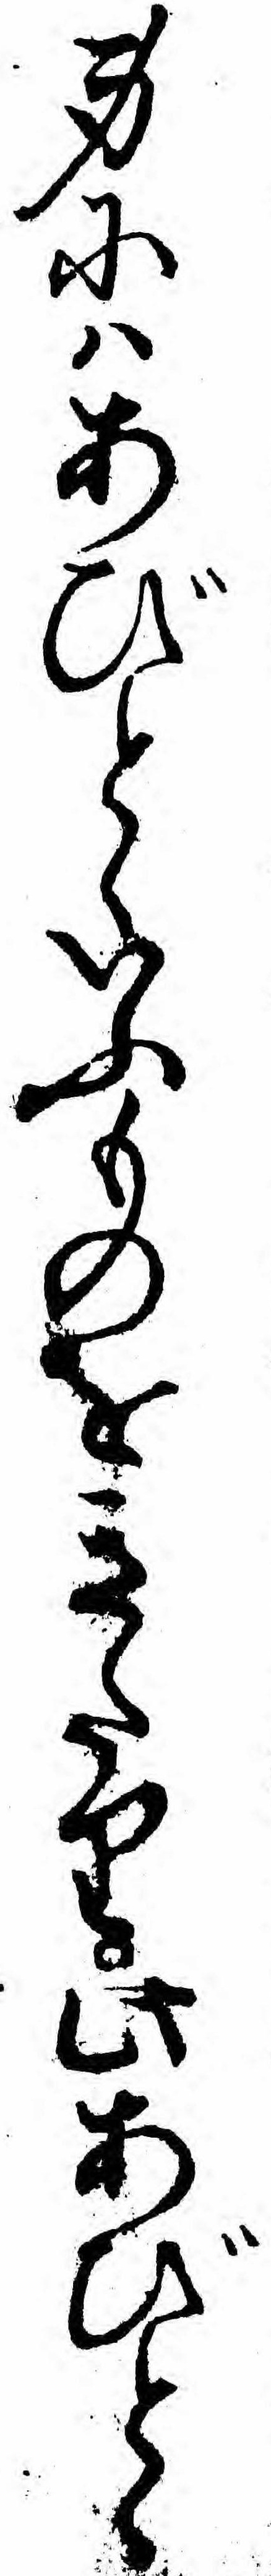
身にハあびとゝいふものをきたり此あびとゝ